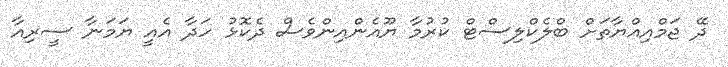
ދޭ ޖަމްއިއްޔާތަށް ބްލެކްލިސްޓް ކުރުމާ ޔޫއެންއިންވެސް ދެކޮޅު ހަދާ އެއީ ޔަމަނާ ސީރިއާ